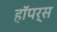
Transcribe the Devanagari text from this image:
हॉपर्स